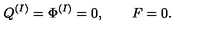
Q ^ { ( I ) } = \Phi ^ { ( I ) } = 0 , \qquad F = 0 .